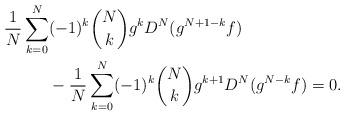
LaTeX: \begin{align*}\frac1N\sum_{k=0}^N&(-1)^k\binom{N}{k}g^kD^N(g^{N+1-k}f)\\&-\frac1N\sum_{k=0}^N(-1)^k\binom{N}{k}g^{k+1}D^N(g^{N-k}f)=0.\end{align*}